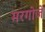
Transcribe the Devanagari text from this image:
मरगोजे